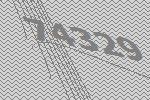
74329